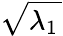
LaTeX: \sqrt{\lambda_{1}\, }